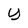
Character: y